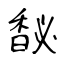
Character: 馝